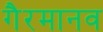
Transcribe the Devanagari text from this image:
गैरमानव